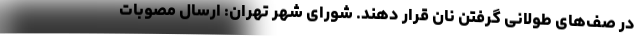
در صف‌های طولانی گرفتن نان قرار دهند. شورای شهر تهران: ارسال مصوبات